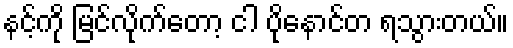
နင့်ကို မြင်လိုက်တော့ ငါ ပိုနောင်တ ရသွားတယ်။